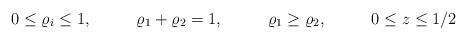
LaTeX: \begin{align*}0&\le \varrho_i\le 1,& \varrho_1+\varrho_2&=1,& \varrho_1&\ge\varrho_2,& 0&\le z\le1/2 \end{align*}